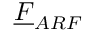
\underline { { F } } _ { A R F }